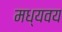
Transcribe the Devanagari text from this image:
मध्यवय